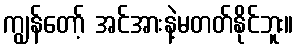
ကျွန်တော့် အင်အားနဲ့မတတ်နိုင်ဘူး။